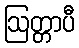
ဩတ္တာပီ